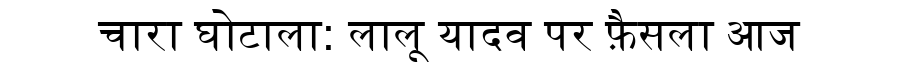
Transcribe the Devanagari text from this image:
चारा घोटाला: लालू यादव पर फ़ैसला आज